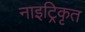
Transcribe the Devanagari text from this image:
नाइट्रिकृत